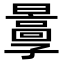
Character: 𡦬